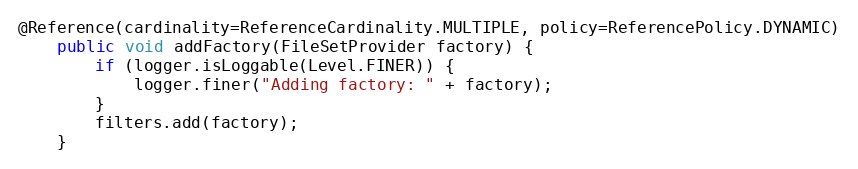
Language: Java
@Reference(cardinality=ReferenceCardinality.MULTIPLE, policy=ReferencePolicy.DYNAMIC)
	public void addFactory(FileSetProvider factory) {
		if (logger.isLoggable(Level.FINER)) {
			logger.finer("Adding factory: " + factory);
		}
		filters.add(factory);
	}